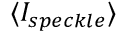
{ \langle I _ { s p e c k l e } \rangle }